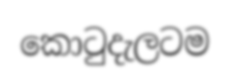
කොටුදැලටම